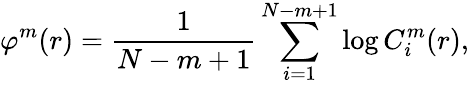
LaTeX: \varphi^{m}(r)=\frac{1}{N-m+1}\sum_{i=1}^{N-m+1}\log C_{i}^{m}(r),